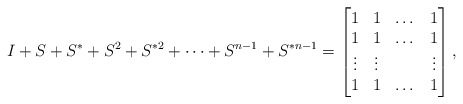
\begin{align*}I+S+S^*+S^2+S^{*2}+\dots+S^{n-1}+S^{*n-1}=\begin{bmatrix}1 & 1 & \dots & 1\\1 & 1 & \dots & 1\\\vdots & \vdots & & \vdots\\1 & 1 & \dots & 1\\\end{bmatrix},\end{align*}